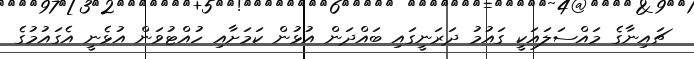
ޗައިނާގެ މައްސަލައަކީ ގައުމު ދަރަނީގައި ބައްދަން އުޅުން ކަމަށާއި ހުއްޓުވަން އުޅެނީ އެގައުމުގެ